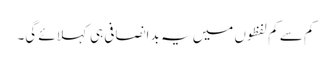
کم سے کم لفظوں میں یہ بد انصافی ہی کہلائے گی۔